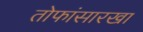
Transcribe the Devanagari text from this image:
तोफांसारखा